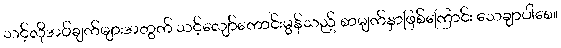
သင့်လိုအပ်ချက်များအတွက် သင့်လျော်ကောင်းမွန်သည့် စာမျက်နှာဖြစ်ကြောင်း သေချာပါစေ။